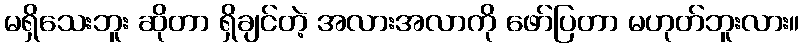
မရှိသေးဘူး ဆိုတာ ရှိချင်တဲ့ အလားအလာကို ဖော်ပြတာ မဟုတ်ဘူးလား။